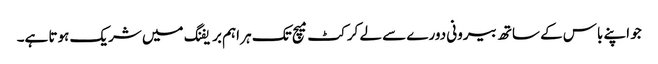
جو اپنے باس کے ساتھ بیرونی دورے سے لے کرکٹ میچ تک ہر اہم بریفنگ میں شریک ہوتا ہے۔